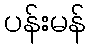
ပန်းမန်